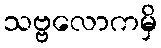
သဗ္ဗလောကမှိ